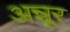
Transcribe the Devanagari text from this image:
अन्नूर